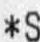
*S